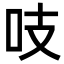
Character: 吱